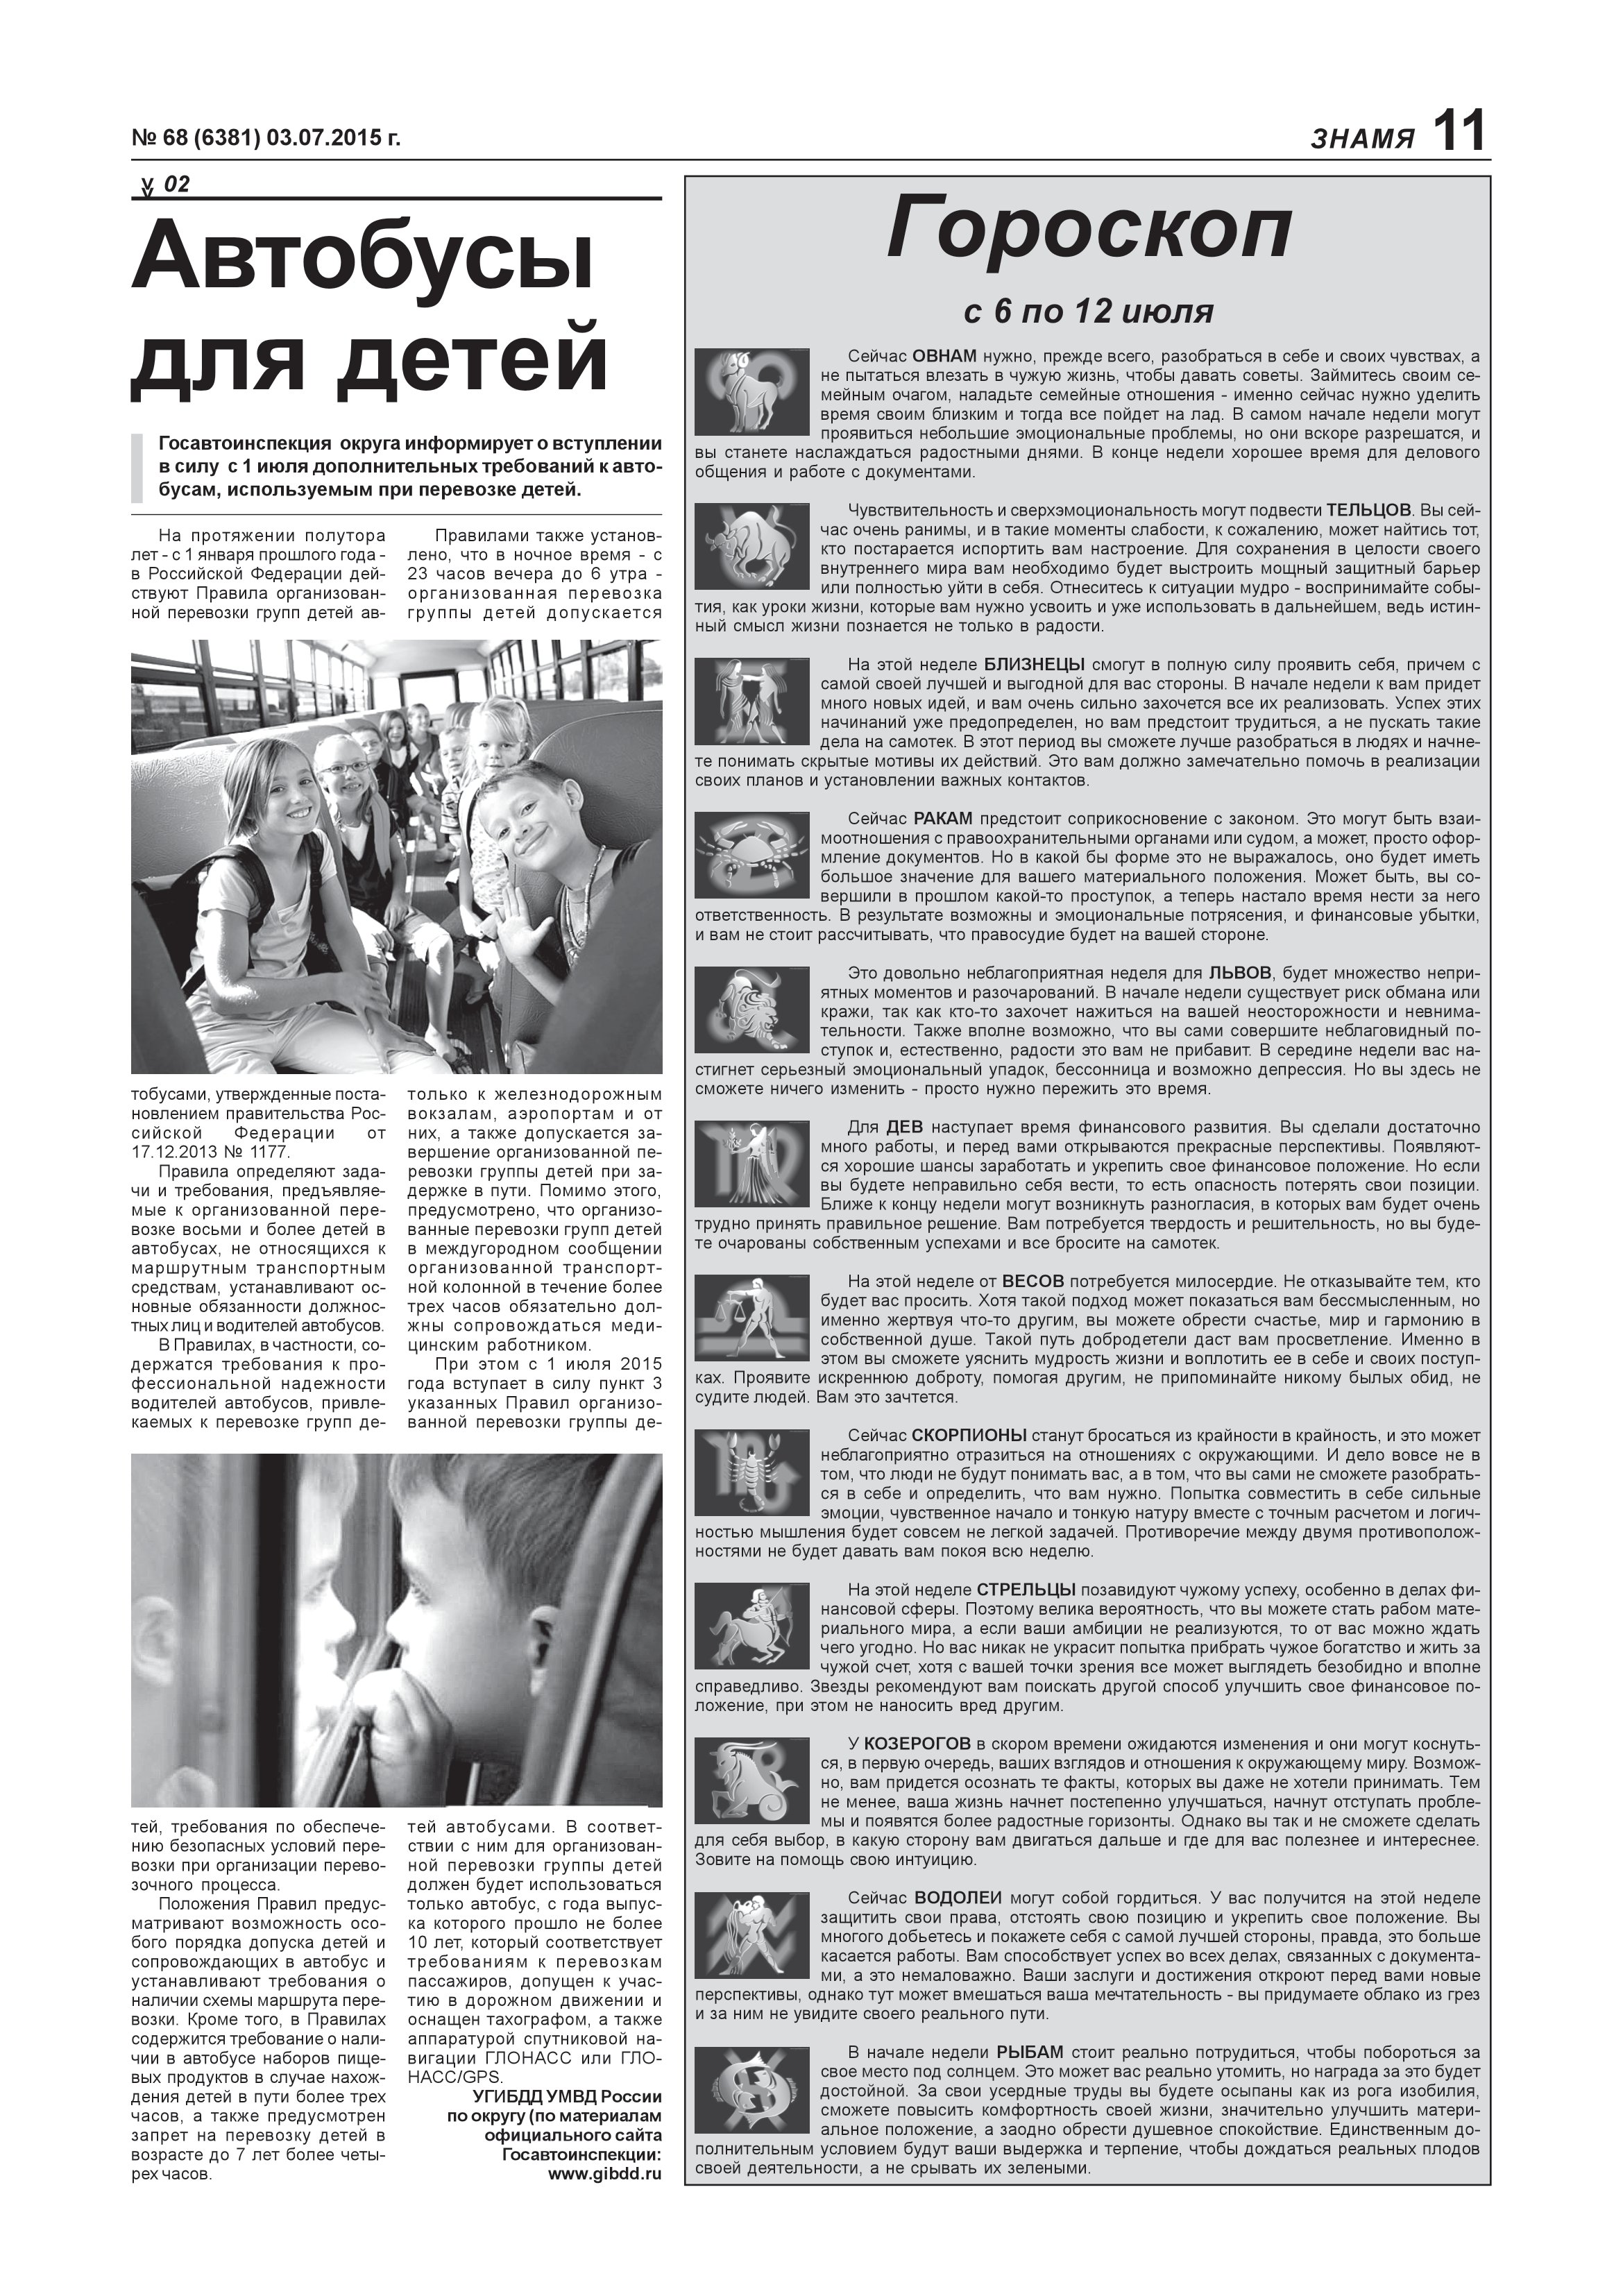
Language: ru